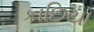
કાછિયા